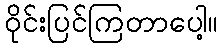
ဝိုင်းပြင်ကြတာပေါ့။